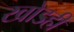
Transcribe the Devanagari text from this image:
खोडही